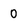
Character: 0